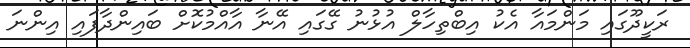
ރަކީދޫގައި މަންމައާ އެކު އިބްތިހާލް އުޅުނު ގޭގައި އޭނާ އާއްމުކޮށް ބައިންދާފައި އިންނަ